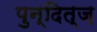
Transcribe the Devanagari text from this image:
पुन्दित्ज़